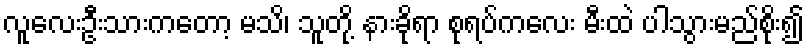
လူလေးဦးသားကတော့ မသိ၊ သူတို့ နားခိုရာ စုရပ်ကလေး မီးထဲ ပါသွားမည်စိုး၍